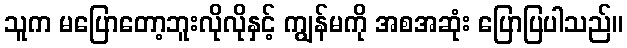
သူက မပြောတော့ဘူးလိုလိုနှင့် ကျွန်မကို အစအဆုံး ပြောပြပါသည်။